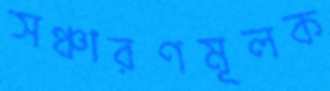
সঞ্চারণমূলক